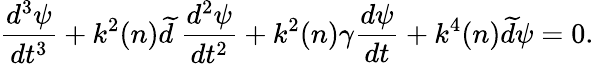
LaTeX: \frac{d^{3}\psi}{dt^{3}}+k^{2}(n)\widetilde{d}~\frac{d^{2}\psi}{dt^{2}}+k^{2}(n)\gamma\frac{d\psi}{dt}+k^{4}(n)\widetilde{d}\psi=0.